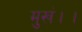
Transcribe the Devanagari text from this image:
मुखं।।